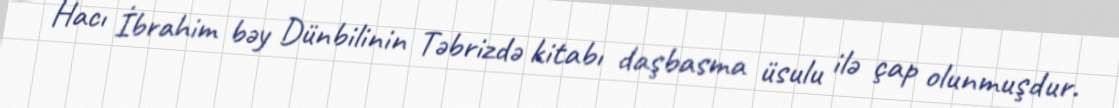
Hacı İbrahim bəy Dünbilinin Təbrizdə kitabı daşbasma üsulu ilə çap olunmuşdur.